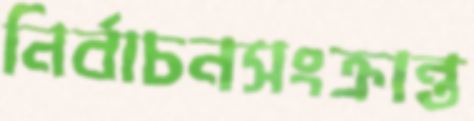
নির্বাচনসংক্রান্ত